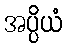
အပ္ပိယံ